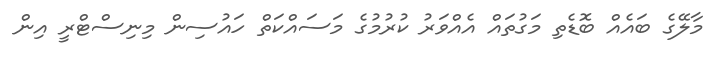
މާލޭގެ ބައެއް ބޮޑެތި މަގުތައް އެއްވަރު ކުރުމުގެ މަސައްކަތް ހައުސިން މިނިސްޓްރީ އިން